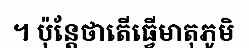
។ ប៉ុន្តែថាតើធ្វើមាតុភូមិ